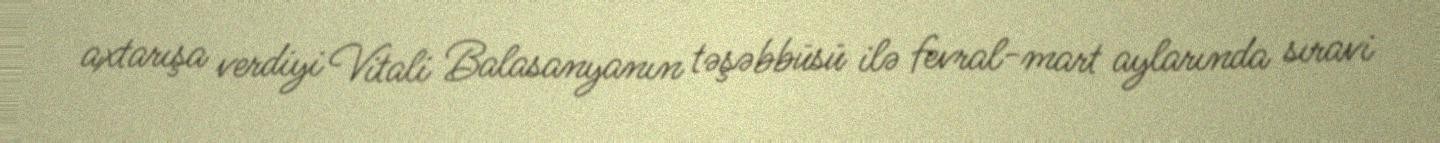
axtarışa verdiyi Vitali Balasanyanın təşəbbüsü ilə fevral-mart aylarında sıravi